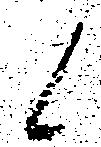
候